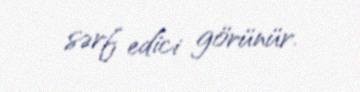
sərf edici görünür.